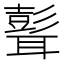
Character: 𦗭